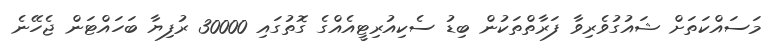
މަސައްކަތަށް ޝައުގުވެރިވާ ފަރާތްތަކުން ބިޑު ސެކިއުރިޓީއެއްގެ ގޮތުގައި 30000 ރުފިޔާ ބަހައްޓަން ޖެހޭނެ